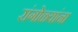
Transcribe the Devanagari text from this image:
रांगोळ्यांना